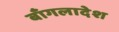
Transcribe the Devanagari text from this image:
बाँगलादेश